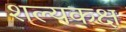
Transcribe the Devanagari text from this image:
शल्यकक्ष